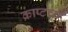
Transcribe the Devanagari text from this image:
क्राप्टचा